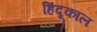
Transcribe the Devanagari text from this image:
हिंदूकाल